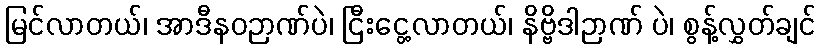
မြင်လာတယ်၊ အာဒီနဝဉာဏ်ပဲ၊ ငြီးငွေ့လာတယ်၊ နိဗ္ဗိဒါဉာဏ် ပဲ၊ စွန့်လွှတ်ချင်